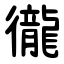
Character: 徿